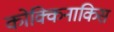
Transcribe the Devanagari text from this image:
कोक्किनाकिस